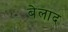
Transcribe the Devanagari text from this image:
बेलाद